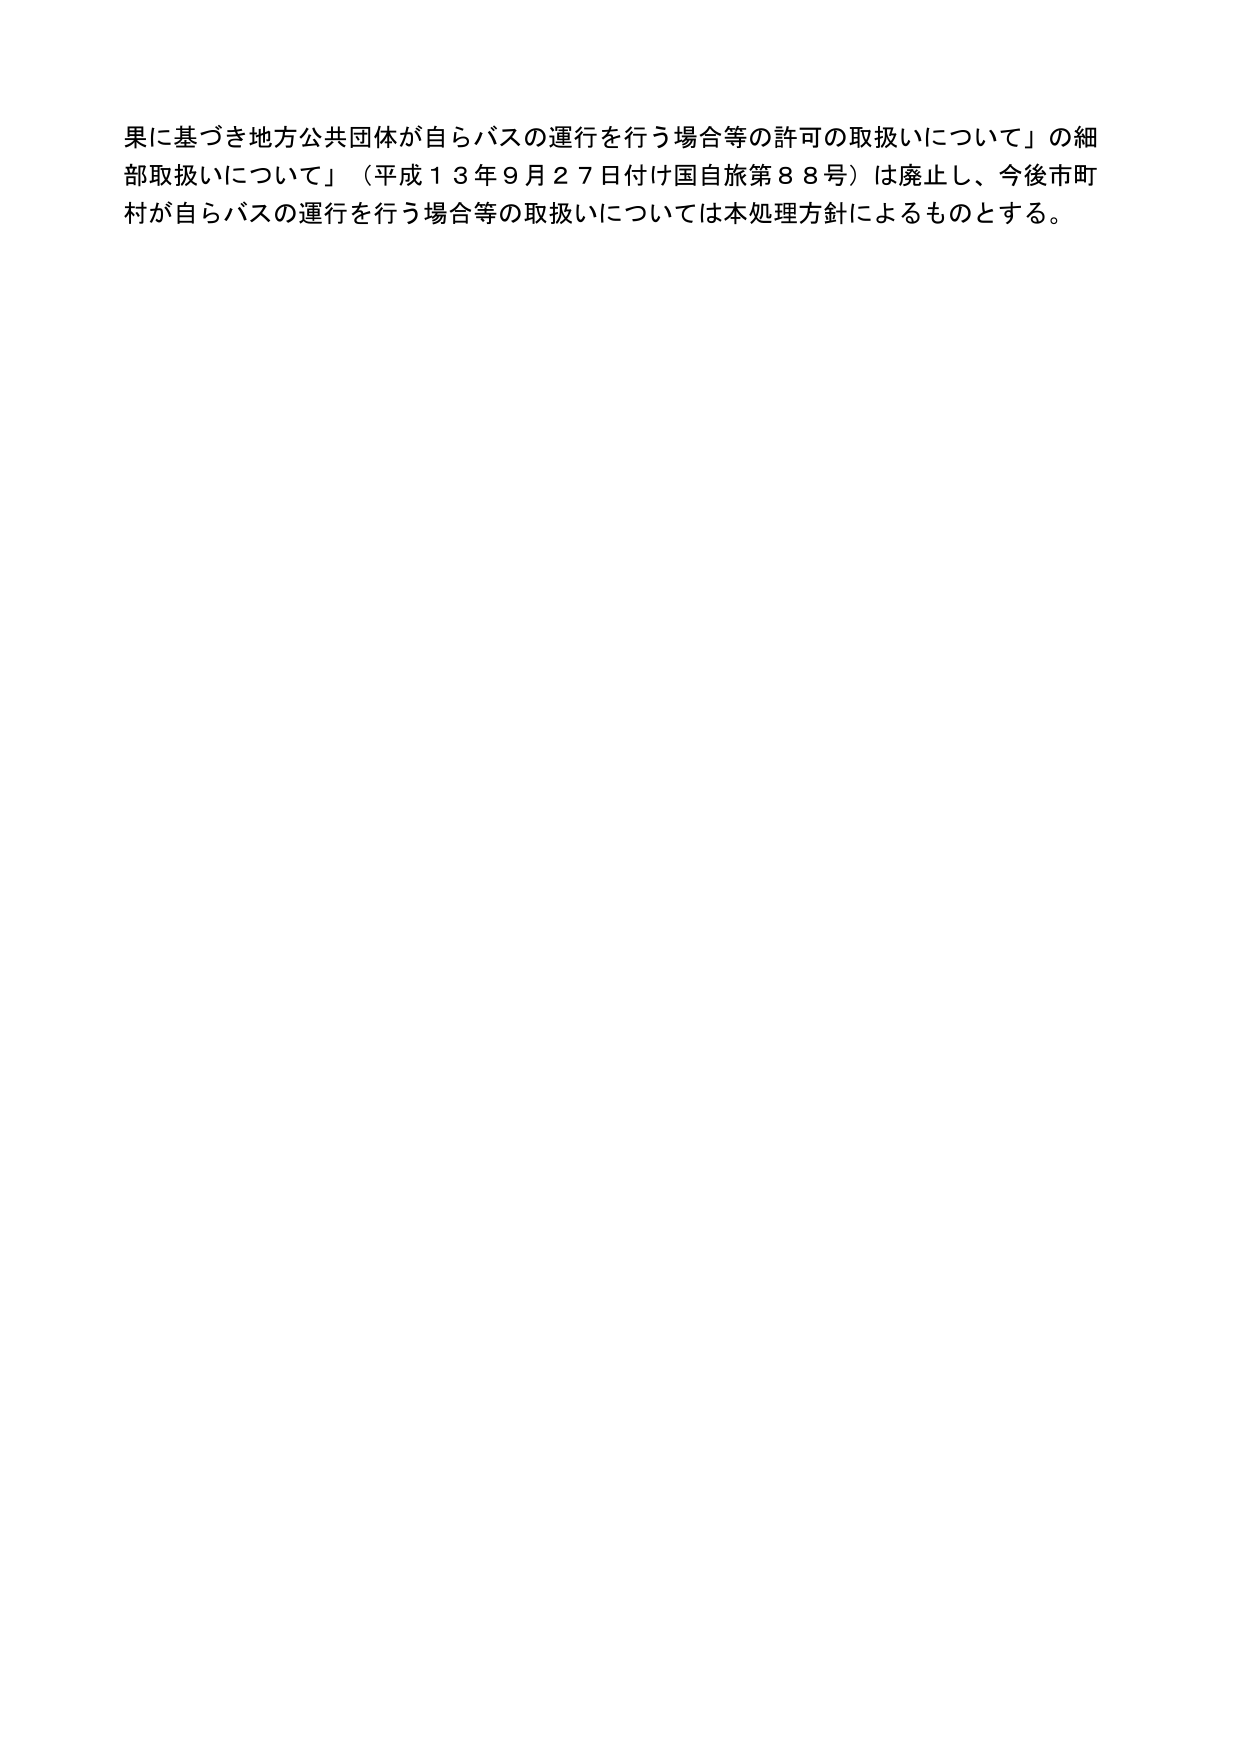
果に基づき地方公共団体が自らバスの運行を行う場合等の許可の取扱いについて」の細部取扱いについて」（平成１３年９月２７日付け国自旅第８８号）は廃止し、今後市町村が自らバスの運行を行う場合等の取扱いについては本処理方針によるものとする。